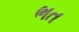
ભત